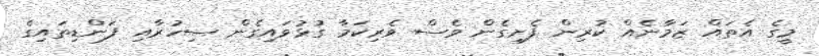
މީގެ އެތައް ޒަމާނެއް ކުރިން ފެށިގެން ވެސް ވެރިކަމާ ގުޅުވައިގެން ސިހުރާއި ފަންޑިތައިގެ